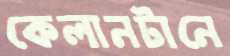
কেলানটানে